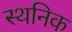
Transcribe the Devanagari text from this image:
स्थनिक